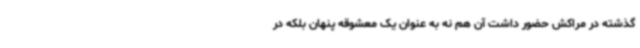
گذشته در مراکش حضور داشت آن هم نه به عنوان یک معشوقه پنهان بلکه در